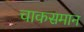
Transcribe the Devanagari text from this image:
चाकसमान